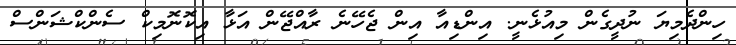
ހިންދެމިޔަ ނުދީގެން މިއުޅެނީ. އިންޑިއާ އިން ޖެހޭނެ ރާއްޖޭން އަޅާ އިކޮނޮމިކް ސެންކްޝަންސް